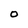
Character: O